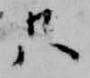
只